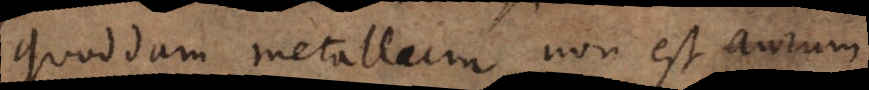
Quoddam metallum non est aurum.